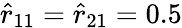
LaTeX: \hat{r}_{11}=\hat{r}_{21}=0.5